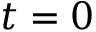
t = 0